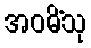
အဝဓိံသု